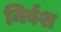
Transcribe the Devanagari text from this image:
निर्वश